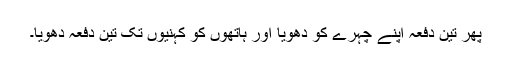
پھر تین دفعہ اپنے چہرے کو دھویا اور ہاتھوں کو کہنیوں تک تین دفعہ دھویا۔